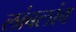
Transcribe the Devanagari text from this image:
लांबलांब